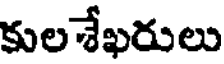
కులశేఖరులు